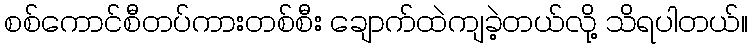
စစ်ကောင်စီတပ်ကားတစ်စီး ချောက်ထဲကျခဲ့တယ်လို့ သိရပါတယ်။